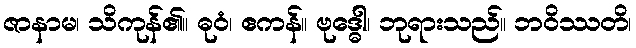
ဇာနာမ၊ သိကုန်၏။ ဓုဝံ၊ ဧကန်။ ဗုဒ္ဓေါ၊ ဘုရားသည်။ ဘဝိဿတိ၊